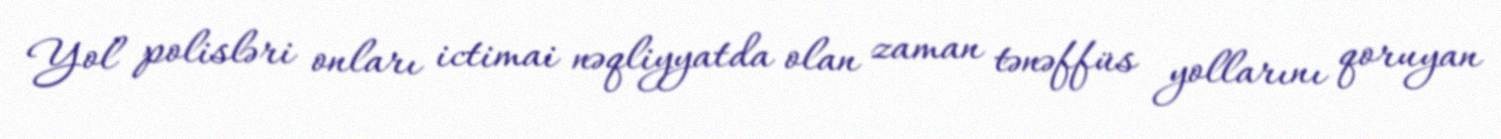
Yol polisləri onları ictimai nəqliyyatda olan zaman tənəffüs yollarını qoruyan